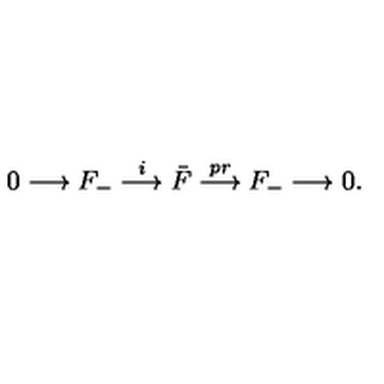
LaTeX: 0 \longrightarrow F _ { - } \stackrel { i } { \longrightarrow } \bar { F } \stackrel { p r } { \longrightarrow } F _ { - } \longrightarrow 0 .